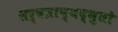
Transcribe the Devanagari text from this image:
सर्वत्राप्यद्भुतो